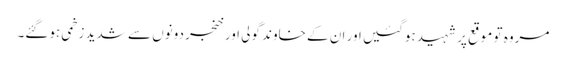
مروہ تو موقع پر شہید ہوگئیں اور ان کے خاوند گولی اور خنجر دونوں سے شدید زخمی ہوگئے۔